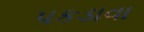
પકડાવા